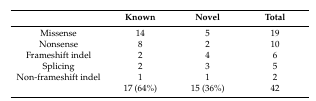
<table><thead><tr><td></td><td><b>Known</b></td><td><b>Novel</b></td><td><b>Total</b></td></tr></thead><tbody><tr><td>Missense</td><td>14</td><td>5</td><td>19</td></tr><tr><td>Nonsense</td><td>8</td><td>2</td><td>10</td></tr><tr><td>Frameshift indel</td><td>2</td><td>4</td><td>6</td></tr><tr><td>Splicing</td><td>2</td><td>3</td><td>5</td></tr><tr><td>Non-frameshift indel</td><td>1</td><td>1</td><td>2</td></tr><tr><td></td><td>17 (64%)</td><td>15 (36%)</td><td>42</td></tr></tbody></table>